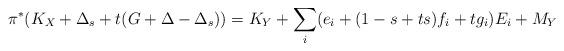
LaTeX: \begin{align*}\pi^*(K_X+\Delta_s+t(G+\Delta-\Delta_s))=K_Y +\sum_i (e_i+(1-s+ts)f_i+tg_i)E_i+M_Y\end{align*}